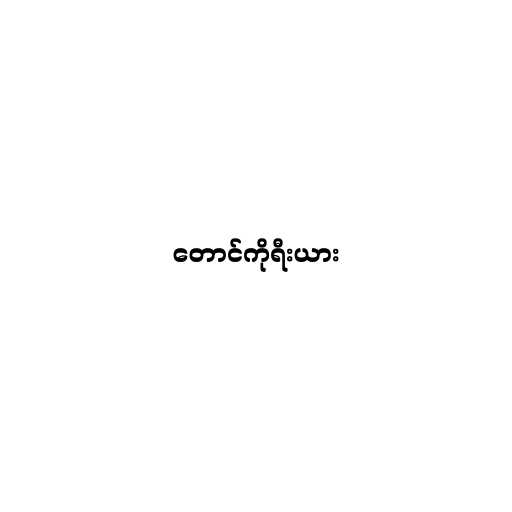
တောင်ကိုရီးယား